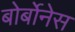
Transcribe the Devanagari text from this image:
बोर्बोनेस